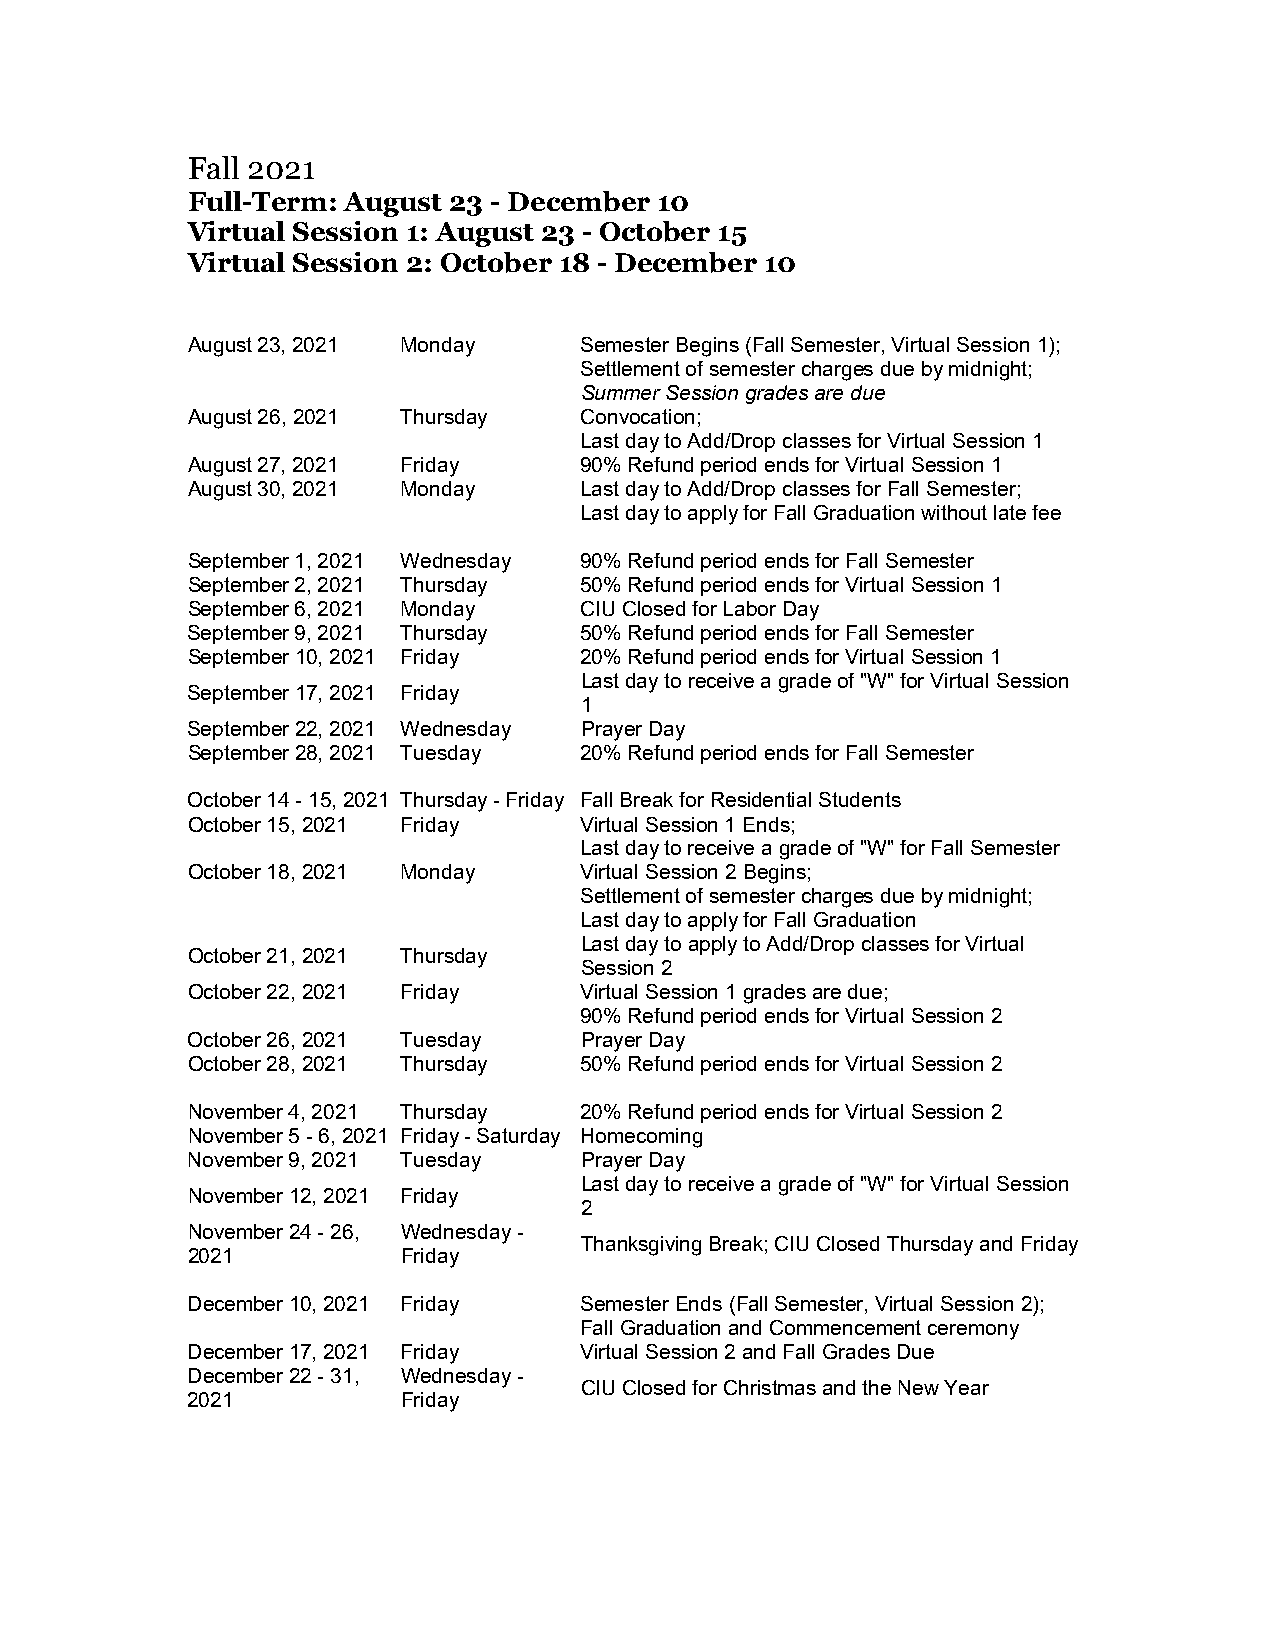
Fall 2021
 Full-Term: August 23 - December 10
 Virtual Session 1: August 23 - October 15
 Virtual Session 2: October 18 - December 10
 August 23, 2021 Monday    Semester Begins (Fall Semester, Virtual Session 1);
 Settlement of semester charges due by midnight;
 Summer Session grades are due
 August 26, 2021 Thursday  Convocation;
 Last day to Add/Drop classes for Virtual Session 1
 August 27, 2021 Friday    90% Refund period ends for Virtual Session 1
 August 30, 2021 Monday    Last day to Add/Drop classes for Fall Semester;
 Last day to apply for Fall Graduation without late fee
 September 1, 2021 Wednesday 90% Refund period ends for Fall Semester
 September 2, 2021 Thursday 50% Refund period ends for Virtual Session 1
 September 6, 2021 Monday  CIU Closed for Labor Day
 September 9, 2021 Thursday 50% Refund period ends for Fall Semester
 September 10, 2021 Friday 20% Refund period ends for Virtual Session 1
 Last day to receive a grade of "W" for Virtual Session
 September 17, 2021 Friday
 1
 September 22, 2021 Wednesday Prayer Day
 September 28, 2021 Tuesday 20% Refund period ends for Fall Semester
 October 14 - 15, 2021 Thursday - Friday Fall Break for Residential Students
 October 15, 2021 Friday   Virtual Session 1 Ends;
 Last day to receive a grade of "W" for Fall Semester
 October 18, 2021 Monday   Virtual Session 2 Begins;
 Settlement of semester charges due by midnight;
 Last day to apply for Fall Graduation
 Last day to apply to Add/Drop classes for Virtual
 October 21, 2021 Thursday
 Session 2
 October 22, 2021 Friday   Virtual Session 1 grades are due;
 90% Refund period ends for Virtual Session 2
 October 26, 2021 Tuesday  Prayer Day
 October 28, 2021 Thursday 50% Refund period ends for Virtual Session 2
 November 4, 2021 Thursday 20% Refund period ends for Virtual Session 2
 November 5 - 6, 2021 Friday - Saturday Homecoming
 November 9, 2021 Tuesday  Prayer Day
 Last day to receive a grade of "W" for Virtual Session
 November 12, 2021 Friday
 2
 November 24 - 26, Wednesday -
 Thanksgiving Break; CIU Closed Thursday and Friday
 2021           Friday
 December 10, 2021 Friday  Semester Ends (Fall Semester, Virtual Session 2);
 Fall Graduation and Commencement ceremony
 December 17, 2021 Friday  Virtual Session 2 and Fall Grades Due
 December 22 - 31, Wednesday -
 CIU Closed for Christmas and the New Year
 2021           Friday